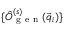
\{ \hat { O } _ { \mathrm { ~ g ~ e ~ n ~ } } ^ { ( s ) } ( \vec { q } _ { i } ) \}